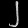
Digit: ၂